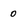
Character: 0